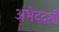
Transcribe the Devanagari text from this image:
अभेददर्शी